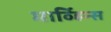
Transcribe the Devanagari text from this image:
मार्व्हिन्स